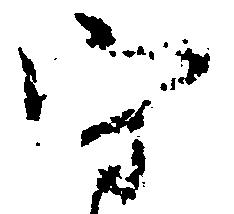
守